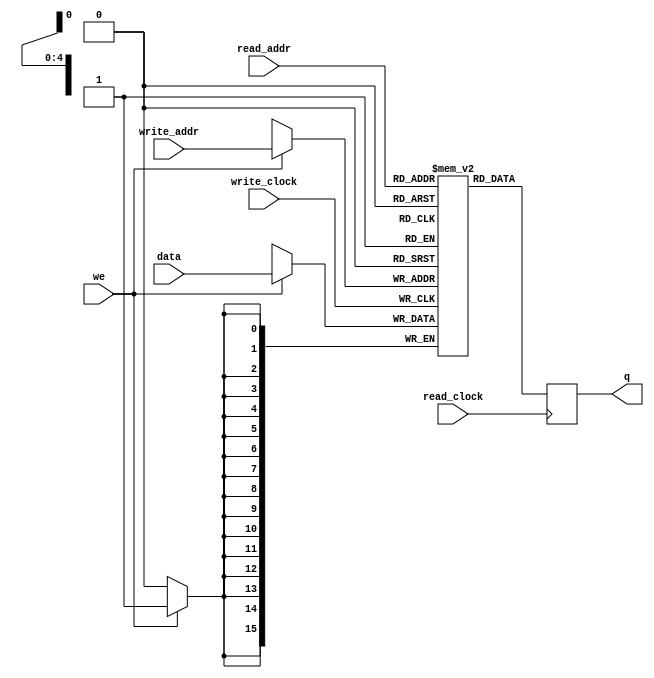
module memoriaDePrograma
#(parameter DATA_WIDTH=16, parameter ADDR_WIDTH=5)
(
	input [(DATA_WIDTH-1):0] data,
	input [(ADDR_WIDTH-1):0] read_addr, write_addr,
	input we, read_clock, write_clock,
	output reg [(DATA_WIDTH-1):0] q
);
	
	// Declare the RAM variable
	reg [DATA_WIDTH-1:0] ram[2**ADDR_WIDTH-1:0];
	
	initial
	begin
			ram[0] <= 16'b1000000000000000;
			/* PUSH */ ram[1] <= 16'b0000000000000110;
			/* PUSH */ ram[2] <= 16'b0000000000000001;
			/* ADD  */ ram[3] <= 16'b1000100000000000;
			ram[4] <= 16'b1110000000000000;
	end
	
	always @ (posedge write_clock)
	begin
		// Write
		if (we)
			ram[write_addr] <= data;
	end
	
	always @ (posedge read_clock)
	begin
		// Read 
		q <= ram[read_addr];
	end
endmodule